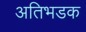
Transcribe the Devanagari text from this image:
अतिभडक